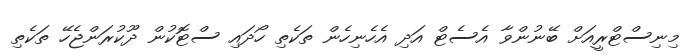
މިނިސްޓްރީއަށް ބޭނުންވާ އެސެޓް އަދި އެހެނިހެން ތަކެތި ހޯދައި ސްޓޮކުން ދޫކުރަންޖެހޭ ތަކެތި